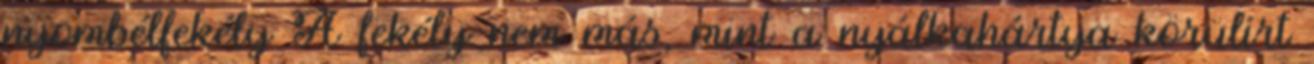
nyombélfekély A fekély nem más, mint a nyálkahártya körülírt